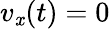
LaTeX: v_{\mathit{x}}(t)=0